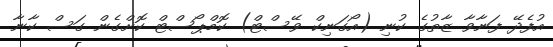
އުފެދޭ ފަނާވާ ޒާތުގެ ކުނި (އޯގަނިކް ވޭސްޓް) ކޮމްޕޯސްޓް ކޮށްގެން ގަސް ކާނާ